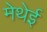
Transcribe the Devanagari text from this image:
मेथेई